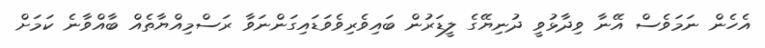
އެހެން ނަމަވެސް އޭނާ ވިދާޅުވީ ދުނިޔޭގެ ލީޑަރުން ބައިވެރިވެވަޑައިގަންނަވާ ރަސްމިއްޔާތެއް ބާއްވާނެ ކަމަށް